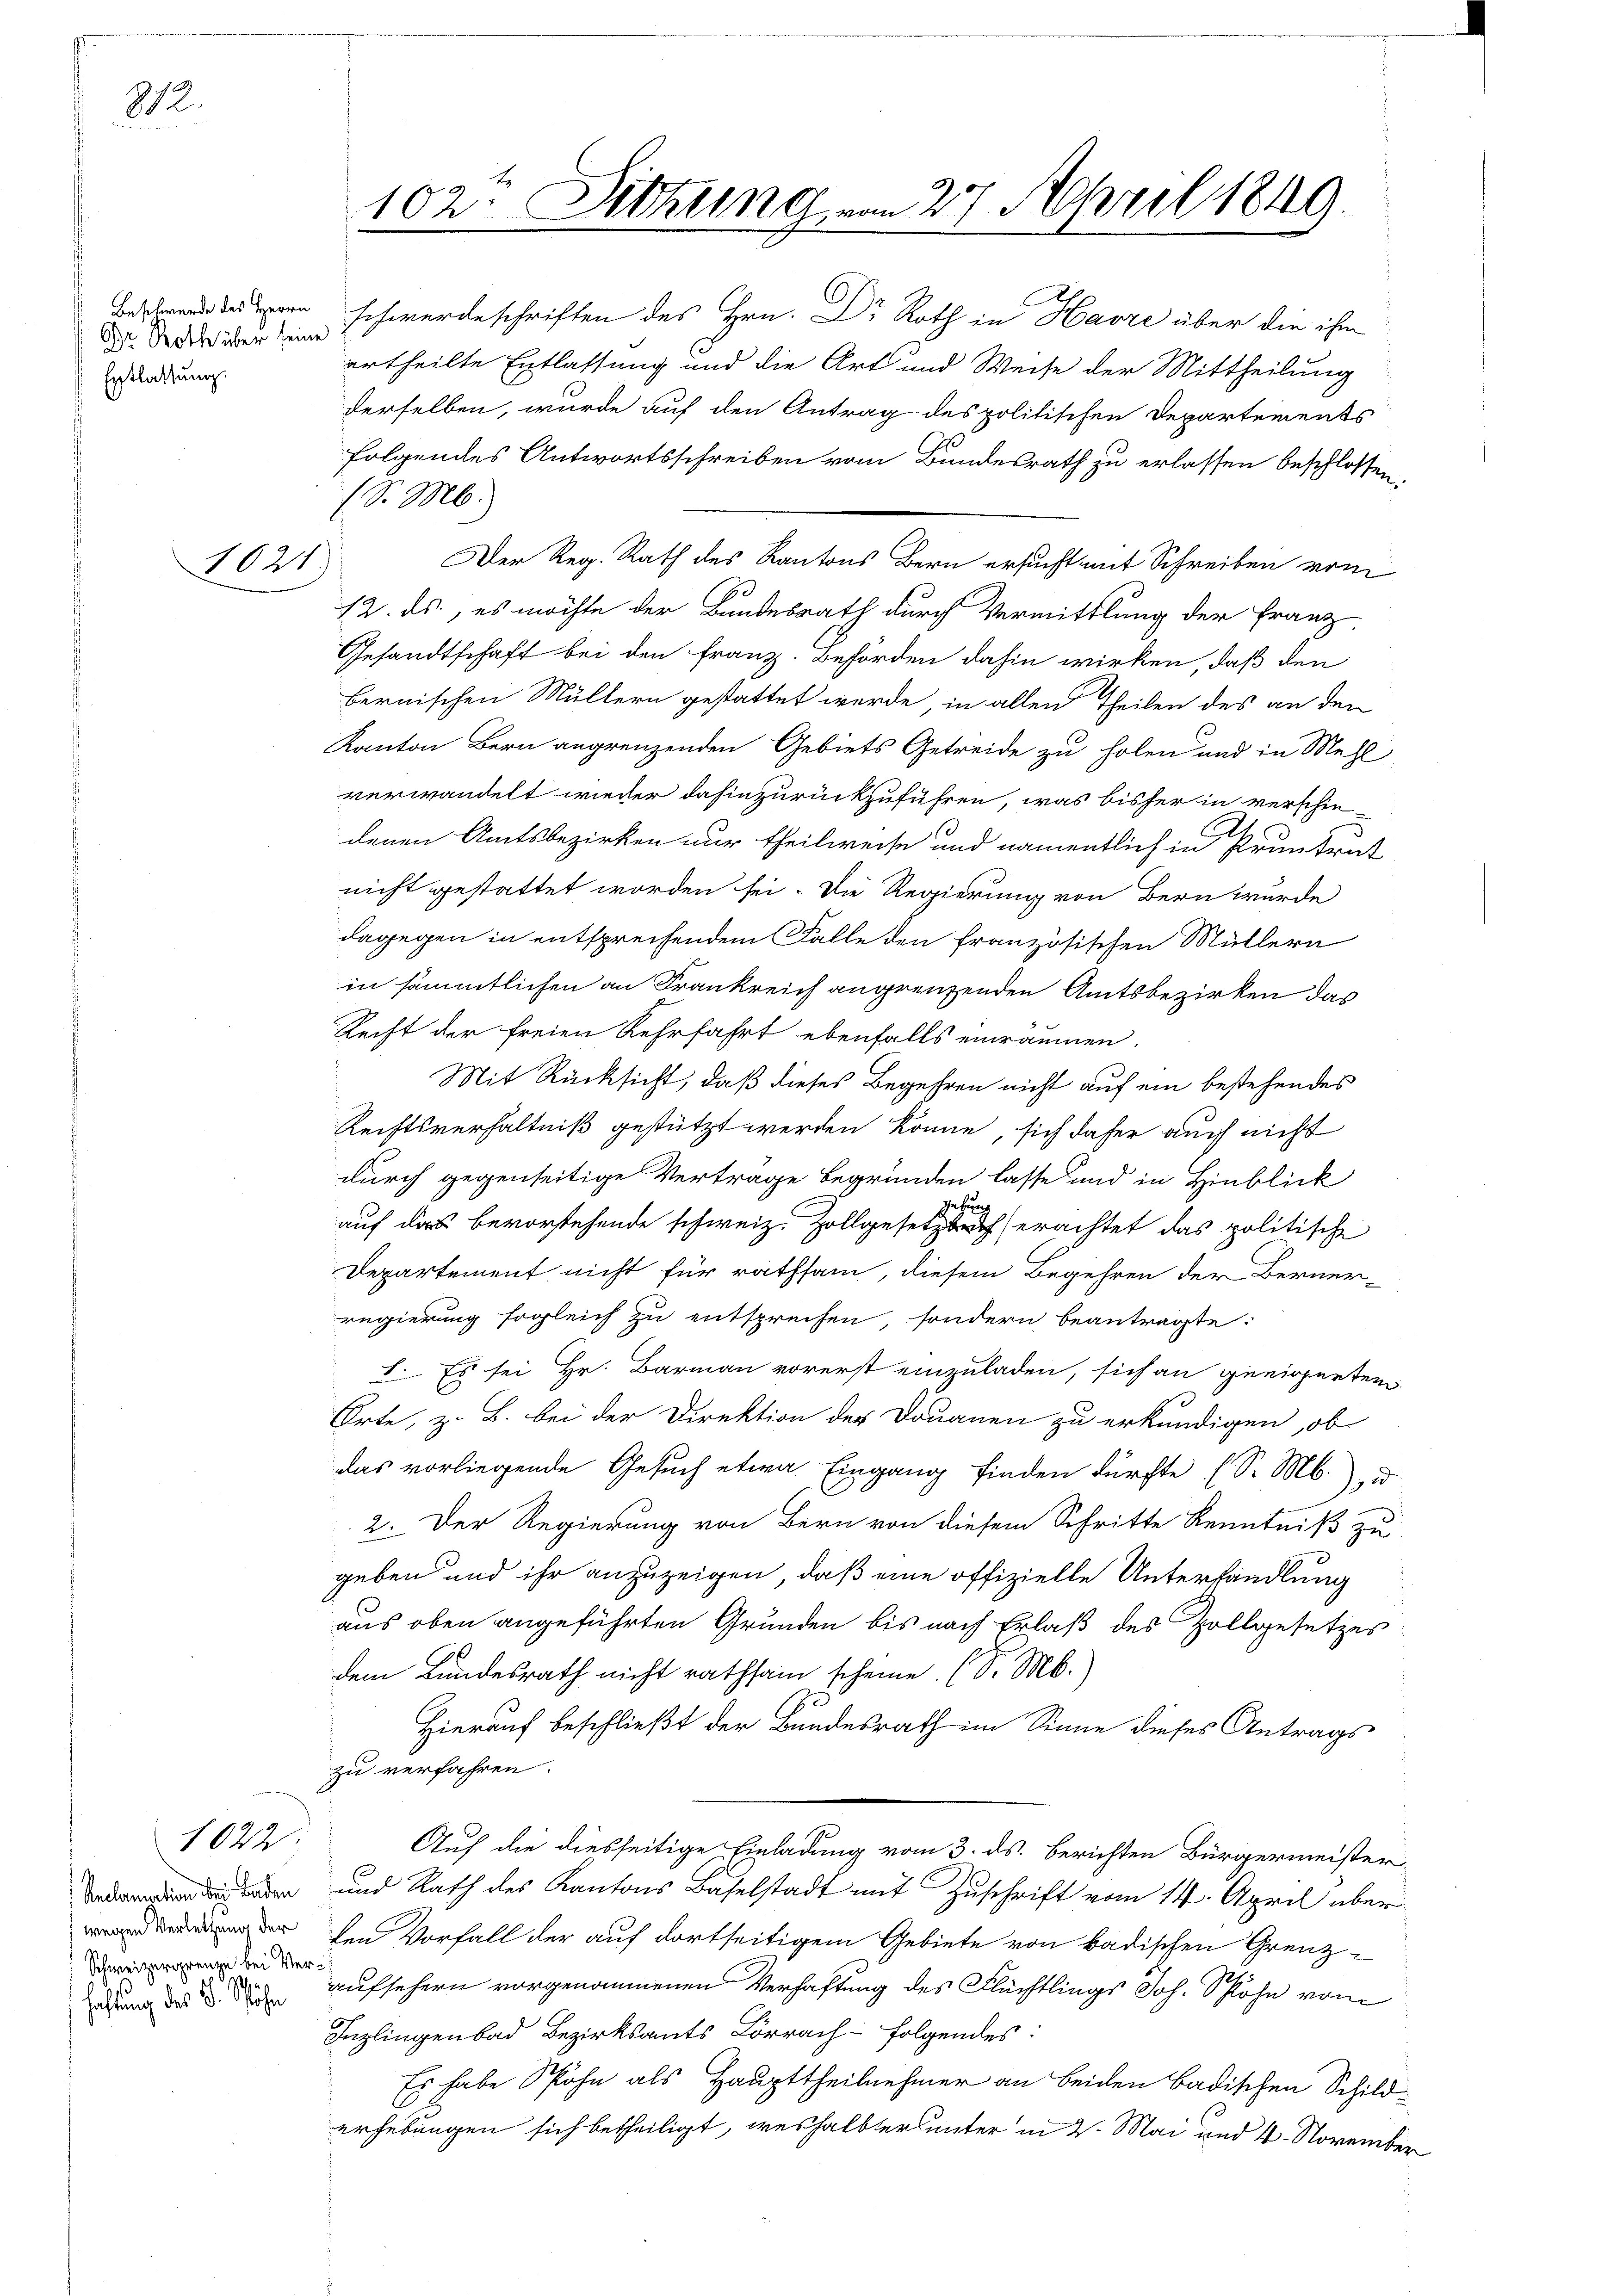
812.

Beschwerde des Herrn
Dr. Roth über seine
Entlassung.

1021

Reclamation der Baden
wegen Verletzung der
Schweizergrenze bei Verhafung des L. Spähen

1022.

102. Dichung vom 27. April 1849

(S. M.
Der Reg. Rath des Kantons Bern ersucht mit Schreiben vom
12. ds., es möchte der Bundesrath durch Vermittlung der Franz
Gesandtschaft bei den Franz. Behörden dahin wirken, daß den
bernischen Müllern gestattet werde, in allen Theilen des an den
Kanton Bern angrenzenden Gebiets Getreide zu holen und in Mehl,
verwandelt wieder dahinzurückzuführen, was bisher in verschiedenen Amtsbezirken nur theilweise und namentlich in Pruntrut
nicht gestattet worden sei. Die Regierung von Bern wurde
dagegen in entsprechendem Falle den französischen Müllern
in sämmtlichen an Frankreich angrenzenden Amtsbezirken das
Recht der freien Kehrfahrt ebenfalls einräumen.
Mit Rücksicht, daß dieses Begehren nicht auf ein bestehendes
Rechtsverhältniß gestützt werden könne, sich daher auch nicht
durch gegenseitige Vertrage begründen lasse und in Hinblick
auf das bevorstehende schweiz. Zollgesetzbuch erachtet das politische
Departement nicht für rathsam, diesem Begehren der Berner-
regierung sogleich zu entsprechen, sondern beantragte:
I. Es sei Hr. Barmann vorerst einzuladen, sich an geeigerten
Orte, z. B. bei der Direktion der Douanen zu erkundigen, ob
das vorliegende Gesuch etwa Eingang finden dürfte (S. M.), u
2. Der Regierung von Bern von diesem Schritte Kenntniß zu
geben und ihr anzuzeigen, daß eine offizielle Unterhandlung
aus oben angeführten Grunden bis nach Erlaß des Zollgesetzes
dem Bundesrath nicht rathsam scheine. (S. M.)
Hierauf beschließt der Bundesrath im Sinne dieses Antrags
zu verfahren.
Auf die diesseitige Einladung vom 3. ds. berichten Bürgermeister,
und Rath des Kantons Baselstadt mit Zuschrift vom 14. April über
den Vorfall der auf dortseitigem Gebiete von badischen Grenzaufsehern vorgenommenen Verhaftung des Flüchtlings Joh. Schlöhe vom
Inzlingenbad Bezirksamts Lörrachfolgendes:
Es habe Sohn als Haupttheilnehmer an beiden badischen Schild
erhebungen sich betheiligt, weshalbter unter in 2. Mai und 4. November

schwerdeschriften des Hrn. Dr Roth in Havre über die ihm
ertheilte Entlastung und die Art und Weise der Mittheilung
derselben, wurde auf den Antrag des politischen Departements
folgendes Antwortsschreiben vom Bundesrath zu erlassen beschlossen.

f